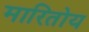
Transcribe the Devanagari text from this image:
मारितोय